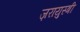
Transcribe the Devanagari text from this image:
ज़रायुस्त्री